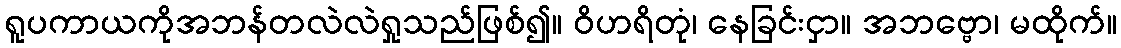
ရူပကာယကိုအဘန်တလဲလဲရှုသည်ဖြစ်၍။ ဝိဟရိတုံ၊ နေခြင်းငှာ။ အဘဗ္ဗော၊ မထိုက်။